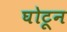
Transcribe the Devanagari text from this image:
घोटून